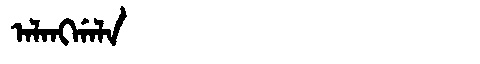
Manchu: ᠠᠯᠠᠩᡤᠠᠯᠠ
Romanization: ALANGGALA